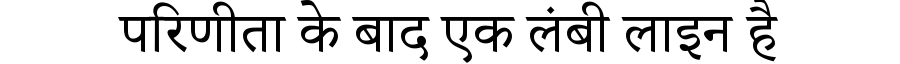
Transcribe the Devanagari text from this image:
परिणीता के बाद एक लंबी लाइन है